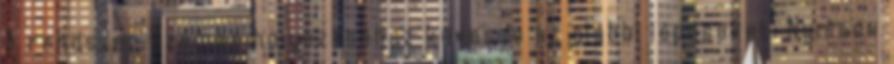
A rendszer üzembe helyezéséhez kövesse az alábbi lépéseket: Nyisson